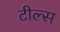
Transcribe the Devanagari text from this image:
टील्स